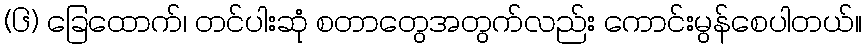
(၆) ခြေထောက်၊ တင်ပါးဆုံ စတာတွေအတွက်လည်း ကောင်းမွန်စေပါတယ်။